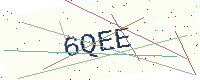
Text: 6QEE